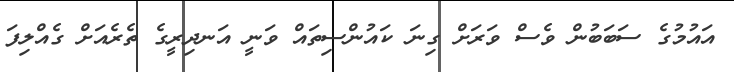
އައުމުގެ ސަބަބުން ވެސް ވަރަށް ގިނަ ކައުންސިތައް ވަނީ އަނދިރީގެ ތެރެއަށް ގެއްލިފަ